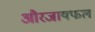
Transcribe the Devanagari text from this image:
औरजायफल